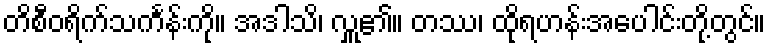
တိစီဝရိက်သင်္ကန်းကို။ အဒါသိ၊ လှူ၏။ တဿ၊ ထိုရဟန်းအပေါင်းတို့တွင်။